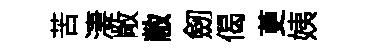
苦淒敞敝劒偈茰姨